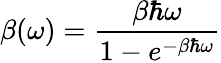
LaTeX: \beta(\omega)=\frac{\beta\hbar\omega}{1-e^{-\beta\hbar\omega}}